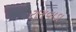
રણવાડા